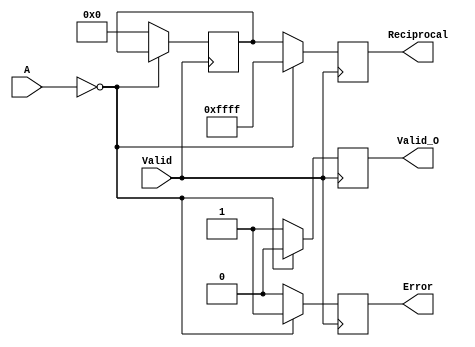
module BitwiseReciprocal #(
    parameter N = 16 // Bit width for input and output
) (
    input  wire [N-1:0] A,      // Input number
    input  wire Valid,           // Input valid signal
    output reg  [N-1:0] Reciprocal, // Calculated reciprocal
    output reg  Valid_O,         // Output valid signal
    output reg  Error            // Error signal
);

    // Internal variables
    reg [N-1:0] guess;           // Current guess for the reciprocal
    reg [N-1:0] A_inv;           // Inverse of A
    integer i;                   // Loop index
    
    // Synchronous process
    always @(posedge Valid) begin
        // Initialize outputs
        Valid_O <= 0;
        Error <= 0;
        Reciprocal <= 0;

        // Check for division by zero
        if (A == 0) begin
            Error <= 1; // Set error for division by zero
            Reciprocal <= {N{1'b1}}; // Set to maximum representable value
        end else begin
            // Initialize guess (simple starting point, 1 << (N-1) is a rough approximation)
            guess <= {1'b0, {(N-1){1'b1}}}; // Initial guess: 0.5 in fixed-point
            
            // Iteratively refine the guess using Newton-Raphson method
            for (i = 0; i < 5; i = i + 1) begin
                // A_inv = guess * (2 - A * guess)
                A_inv = guess * ((1 << N) - A * guess); // Multiply guess by (2 - A * guess)
                guess <= A_inv >> N; // Right shift to adjust for fixed-point
            end
            
            // Assign the final guess to Reciprocal
            Reciprocal <= guess;
            Valid_O <= 1; // Set output valid signal
        end
    end

endmodule